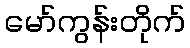
မော်ကွန်းတိုက်